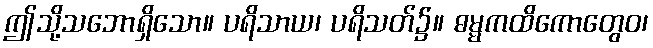
ဤသို့သဘောရှိသော။ ပရိသာယ၊ ပရိသတ်၌။ ဓမ္မကထိကောတွေဝ၊